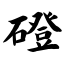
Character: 磴